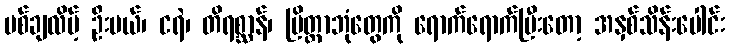
ပစ်ချလိမ့် ဦးမယ်၊ ငရဲ၊ တိရစ္ဆာန်၊ ပြိတ္တာဘုံတွေကို ရောက်ရောက်ပြီးတော့ အနှစ်သိန်းပေါင်း